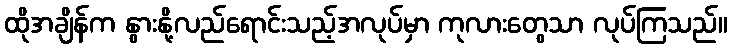
ထိုအချိန်က နွားနို့လည်ရောင်းသည့်အလုပ်မှာ ကုလားတွေသာ လုပ်ကြသည်။